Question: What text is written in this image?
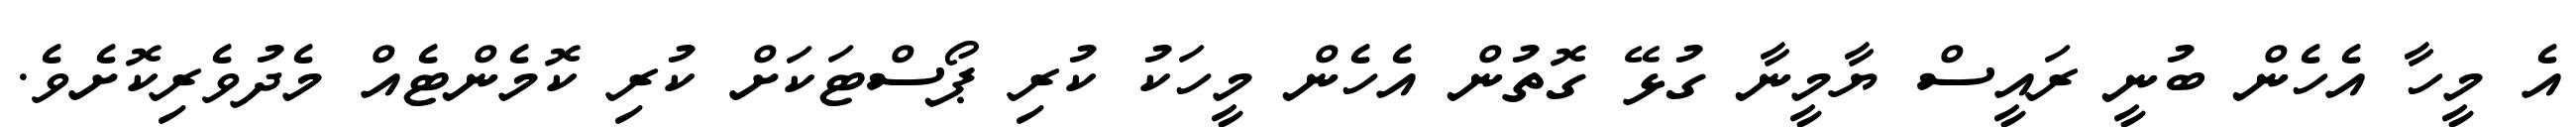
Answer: އެ މީހާ އެހެން ބުނީ ރައީސް ޔާމީނާ ގުޅޭ ގޮތުން އެހެން މީހަކު ކުރި ޕޯސްޓަކަށް ކުރި ކޮމެންޓެއް މެދުވެރިކޮށެވެ.